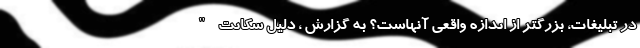
در تبلیغات، بزرگتر از اندازه واقعی آنهاست؟ به گزارش ، دلیل شکایت "